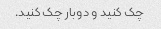
چک کنید و دوبار چک کنید.